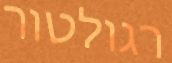
רגולטור